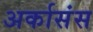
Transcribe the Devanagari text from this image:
अर्कासंस